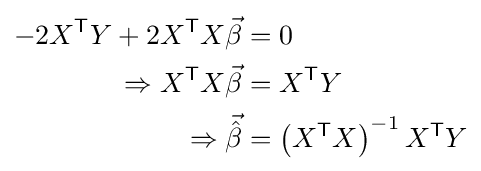
{\begin{aligned}-2X^{\textsf {T}}Y+2X^{\textsf {T}}X{\vec {\beta }}&=0\\\Rightarrow X^{\textsf {T}}X{\vec {\beta }}&=X^{\textsf {T}}Y\\\Rightarrow {\vec {\hat {\beta }}}&=\left(X^{\textsf {T}}X\right)^{-1}X^{\textsf {T}}Y\end{aligned}}